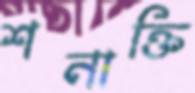
শনাক্তি